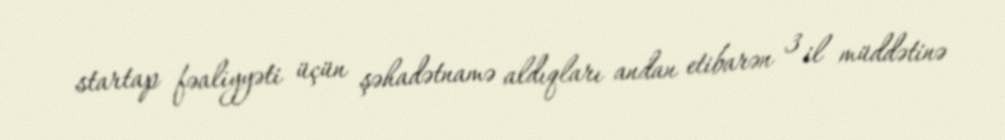
startap fəaliyyəti üçün şəhadətnamə aldıqları andan etibarən 3 il müddətinə